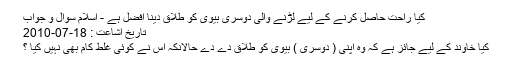
كيا راحت حاصل كرنے كے ليے لڑنے والى دوسرى بيوى كو طلاق دينا افضل ہے - اسلام سوال و جواب
تاریخ اشاعت : 18-07-2010
كيا خاوند كے ليے جائز ہے كہ وہ اپنى ( دوسرى ) بيوى كو طلاق دے دے حالانكہ اس نے كوئى غلط كام بھى نہيں كيا ؟